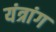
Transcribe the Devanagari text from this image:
यंत्रांग